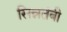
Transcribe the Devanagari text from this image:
सिन्नतंबी